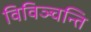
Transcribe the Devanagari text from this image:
विविञ्चन्ति